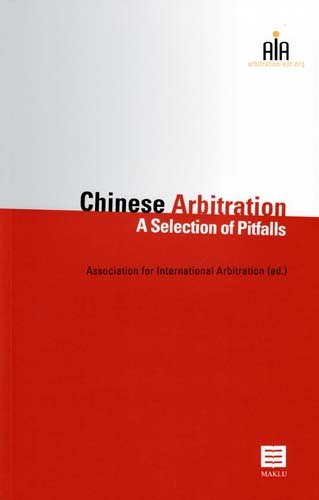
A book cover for Chinese Arbitration: A Selection of Pitfalls; Law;